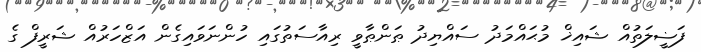
ފަޟީލަތުއް ޝައިޚް މުޙައްމަދު ސައްޔިދު ޠަންޠާވީ ރިއާސަތުގައި ހުންނަވައިގެން އަޒްހަރުއް ޝަރީފް ގެ